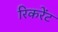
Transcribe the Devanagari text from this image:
रिकरेंट